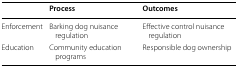
<table><thead><tr><td></td><td><b>Process</b></td><td><b>Outcomes</b></td></tr></thead><tbody><tr><td>Enforcement</td><td>Barking dog nuisance regulation</td><td>Effective control nuisance regulation</td></tr><tr><td>Education</td><td>Community education programs</td><td>Responsible dog ownership</td></tr></tbody></table>